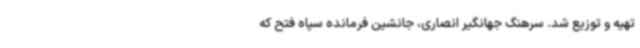
تهیه و توزیع شد. سرهنگ جهانگیر انصاری، جانشین فرمانده سپاه فتح که